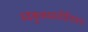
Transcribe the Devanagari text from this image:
स्वकुळसाळीविजय